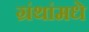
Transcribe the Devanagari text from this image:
ग्रंथांमधे